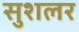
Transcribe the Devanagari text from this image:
सुशलर